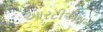
આરટીએલની